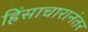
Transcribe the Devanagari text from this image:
हिंसाचारानंतर